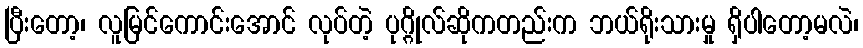
ပြီးတော့၊ လူမြင်ကောင်းအောင် လုပ်တဲ့ ပုဂ္ဂိုလ်ဆိုကတည်းက ဘယ်ရိုးသားမှု ရှိပါတော့မလဲ၊